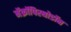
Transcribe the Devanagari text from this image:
मॅक्रॉपिस्थोडॉन